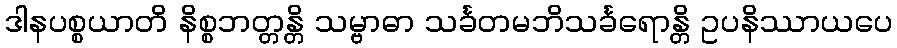
ဒါနပစ္စယာတိ နိစ္စဘတ္တန္တိ သမ္ဗာဓာ သင်္ခတမဘိသင်္ခရောန္တိ ဥပနိဿာယပေ